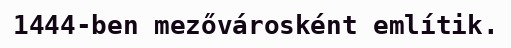
1444-ben mezővárosként említik.